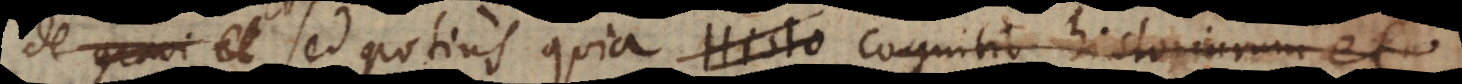
de gravi sed potius quia Histo cognitio historiarum et